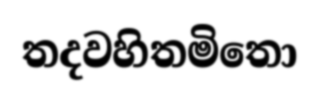
තදවහිතමිතො